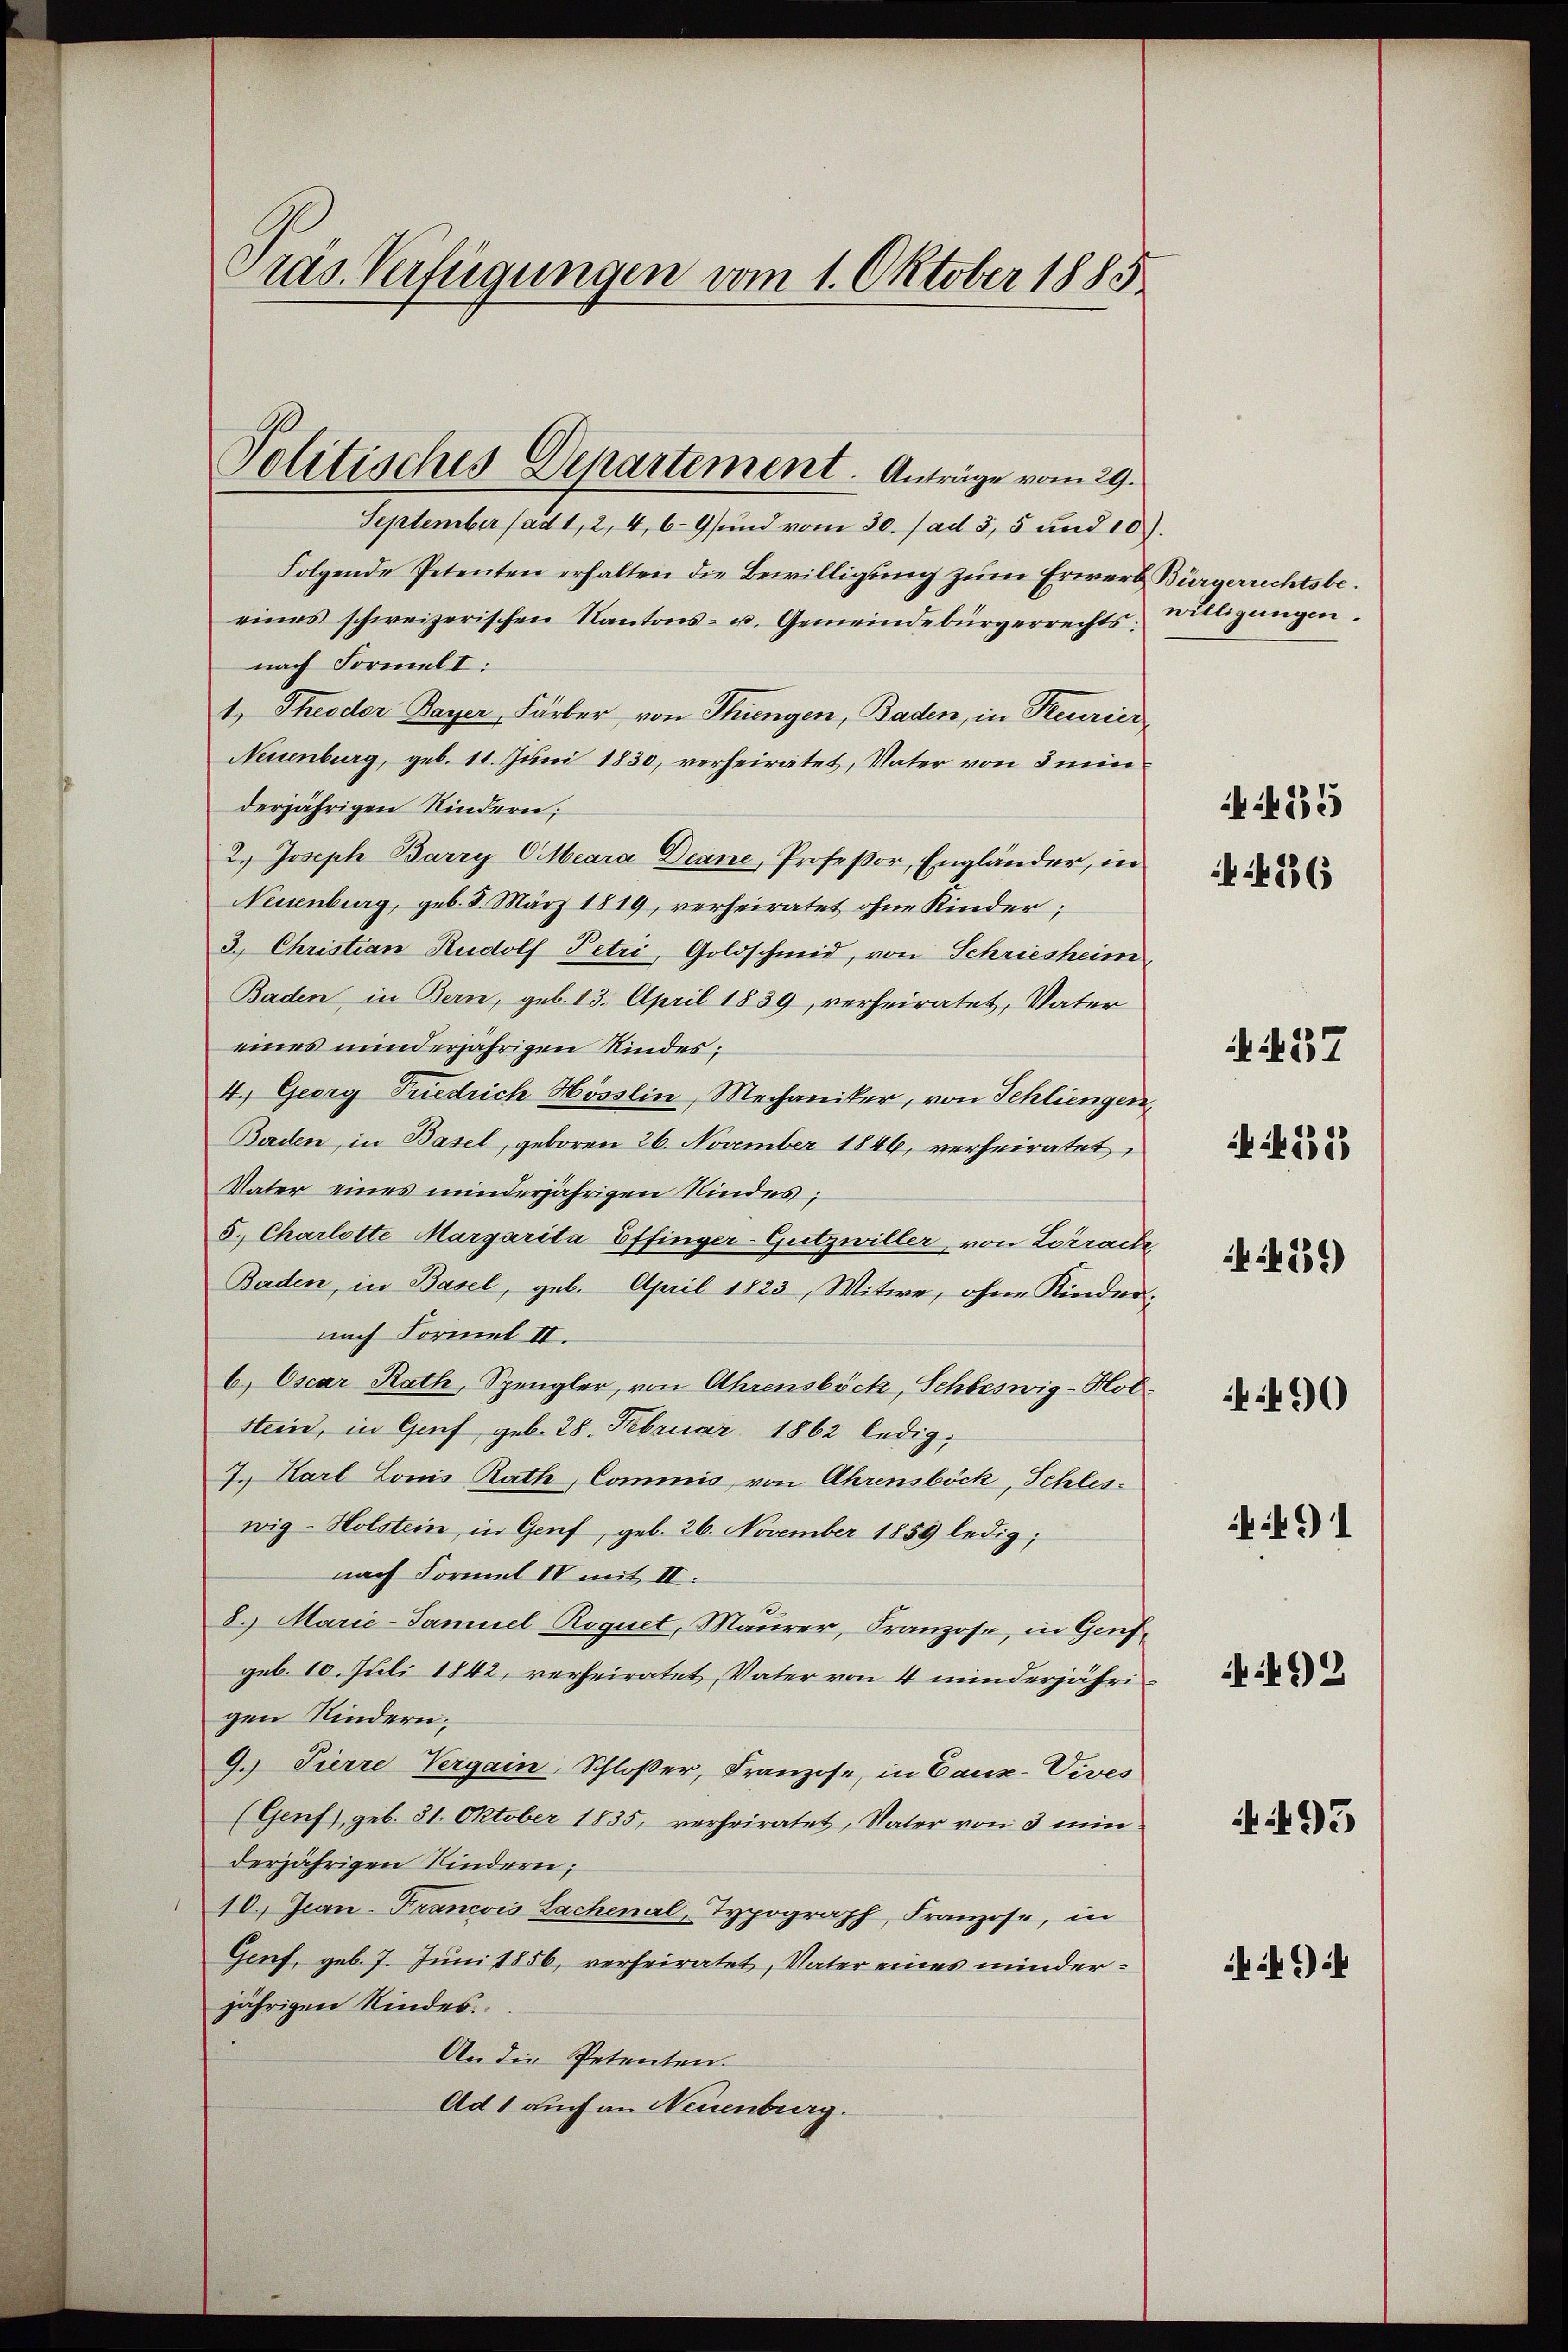
Präs. Verfügungen vom 1. Oktober 1885

September (ad 1, 2, 4, 69 und vom 30. / ad 3, 5 und 10.
Folgende Petenten erhalten die Bewilligung zum Erwerb Bürgerrechtsbeeines schweizerischen Kantons- u. Gemeindebürgerrechts einigungen.
nach Formel I:
1, Theodor Bayer, Färber von Thiengen, Baden, in Reurier
Neuenburg, geb. 11. Juni 1830, verheiratet, Vater von 3 min
derjährigen Kindern;
2.) Joseph Barry CMeara Deane, Professor, Engländer, in
Neuenburg, geb. 8. März 1819, verheiratet ohne Kinder;
3.) Christian Rudolf Petri, Goldschmid, von Schriesheim,
Baden in Bern, geb. 13. April 1839, verheiratet, Vater
eines minderjährigen Kindes;
4. Georg Friedrich Hösslin, Mechaniker, von Schliengen,
Baden, in Basel, geboren 26. November 1846, verheiratet
Vater eines minderjährigen Kindes;
5. Charlotte Margarita Effinger-Gutzwiller von Lörrach
Baden, in Basel, geb. April 1823, Witwe, ohne Kindernach Formel II.
b) Oscar Rath, Spengler, von Ahrensböck, Schleswig-Hol-
Stein, in Genf geb. 28. Februar 1862 ledig
7. Karl Louis Rath Commis, von Ahrensböck, Schleswig-Holstein, in Genf, geb. 26. November 1859 ledig;
nach Formel IV mit II:
8. Marie-Samuel Roquet, Maurer, Franzose, in Genf
geb. 10. Juli 1842, verheiratet, Vater von 4 minderjährigen Kindern.
9. Pierre Vergain, Schloßer, Franzose, in Caux-Vives
(Genf), geb. 31. Oktober 1835, verheiratet, Vater von 3 min
derjährigen Kindern;
10.) Jean Francois Sachenal, Typograph, Franzose, in
Genf, geb. 7. Juni 1856, verheiratet, Vater eines minderjährigen Kindes.
An die Petenten.
Ad 1 auch an Neuenburg.

Politisches Departement. Anträge vom 29.

426

55

N. 137

4223

459)

490

491

492

493

ii